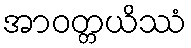
အာဝတ္တယိဿံ